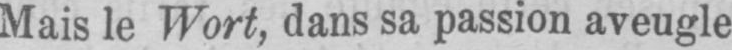
Mais le Wort, dans sa passion aveugle